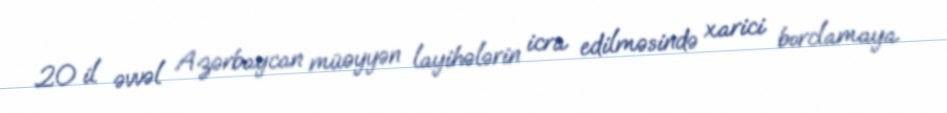
20 il əvvəl Azərbaycan müəyyən layihələrin icra edilməsində xarici borclamaya